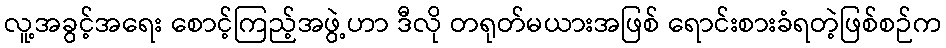
လူ့အခွင့်အရေး စောင့်ကြည့်အဖွဲ့ဟာ ဒီလို တရုတ်မယားအဖြစ် ရောင်းစားခံရတဲ့ဖြစ်စဉ်က